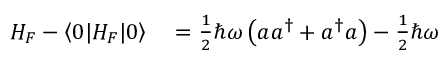
\begin{array} { r l } { H _ { F } - \left\langle 0 | H _ { F } | 0 \right\rangle } & { { } = { \frac { 1 } { 2 } } \hbar \omega \left( a a ^ { \dagger } + a ^ { \dagger } a \right) - { \frac { 1 } { 2 } } \hbar \omega } \end{array}